Civil Veterinary Department. Madras. Admin. report 1926-33 - 1926-1933
Year: 1926
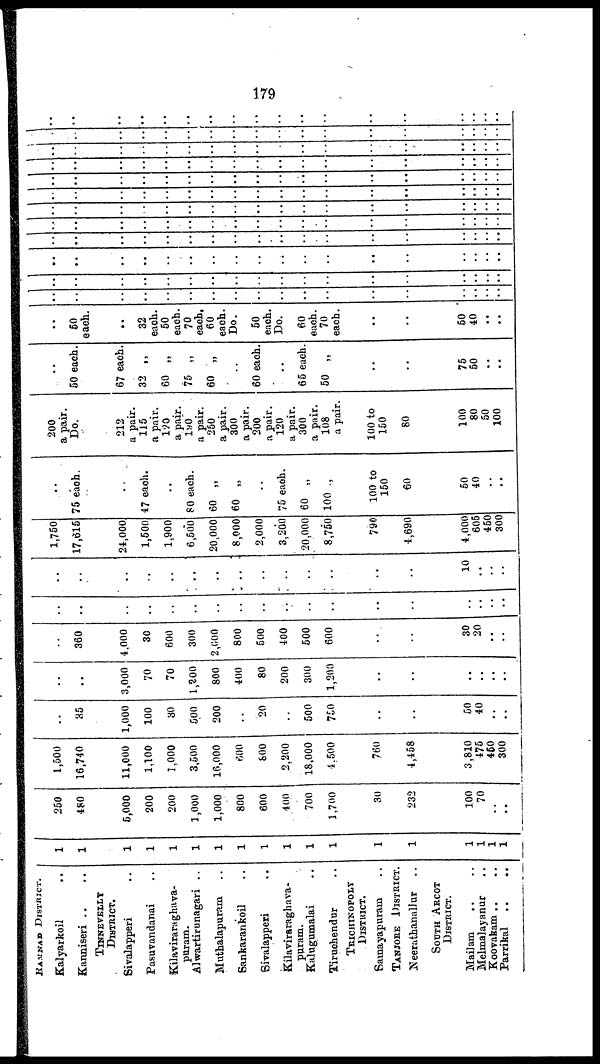
179
RAMANAD DISTRICT.
Kalyarkoil ..
Kanniseri .. ..
TINNEVELLY
DISTRICT.
Sivalapperi ..
Pasuvandanai ..
Kilaviraraghava-
puram.
Alwartirunagari ..
Muthalapuram ..
Sankarankoil ..
Sivalapperi ..
Kilaviraraghava-
puram.
Kalugumalai ..
Tiruchendur ..
TRICHINOPOLY
DISTRICT.
Samayapuram ..
TANJORE DISTRICT.
Neerathanallur ..
SOUTH ARCOT
DISTRICT.
Mailam .. ..
Melmakyanur ..
Koovakam .. ..
Parrikal .. ..
1
1
1
1
1
1
1
1
1
1
1
1
1
1
1
1
1
1
250
480
5,000
200
200
1,000
1,000
800
600
400
700
1,700
30
232
100
70
..
..
1,500
16,740
11,000
1,100
1,000
3,500
16,000
600
800
2,200
18,000
4,500
760
4,458
3,810
475
460
300
..
35
1,000
100
30
500
200
..
20
..
500
750
..
..
50
40
..
..
..
..
3,000
70
70
1,200
800
400
80
200
300
1,200
..
..
..
..
..
..
..
..
360
4.000
30
600
300
2,000
800
500
400
500
600
..
..
30
20
..
..
..
..
..
..
..
..
..
..
..
..
..
..
..
..
..
..
..
..
..
..
..
..
..
..
..
..
..
..
..
..
10
..
..
1,750
17,615
24,000
1,500
1,900
6,500
20,000
8,000
2,000
3,200
20,000
8,750
790
4,690
4,000
605
450
300
..
75 each.
..
47 each.
..
80 each.
60 „
60 „
..
75 each.
60 „
100 „
100 to
150
60
50
40
..
..
200
a pair.
Do.
212
a pair.
115
a pair.
120
a pair.
190
a pair.
250
a pair.
300
a pair.
200
a pair.
120
a pair.
300
a pair.
108
a pair.
100 to
150
80
100
80
50
100
..
50 each.
67 each.
32 „
60 „
75 „
60 „
..
60 each.
..
65 each.
50 „
..
..
75
50
..
..
..
50
each.
..
32
each.
50
each.
70
each.
60
each.
Do.
50
each.
Do.
60
each.
70
each.
..
..
50
40
..
..
..
..
..
..
..
..
..
..
..
..
..
..
..
..
..
..
.. ..
..
..
..
..
..
..
..
..
..
..
..
..
..
..
..
..
.. ..
..
..
..
..
..
..
..
..
..
..
..
..
..
..
..
..
.. ..
..
..
..
..
..
..
..
..
..
..
..
..
..
..
..
..
.. ..
..
..
..
..
..
..
..
..
..
..
..
..
..
..
..
..
.. ..
..
..
..
..
..
..
..
..
..
..
..
..
..
..
..
..
.. ..
1
..
..
..
..
..
..
..
..
..
..
..
..
..
..
..
..
.. ..
..
..
..
..
..
..
..
..
..
..
..
..
..
..
..
..
.. ..
..
..
..
..
..
..
..
..
..
..
..
..
..
..
..
..
.. ..
..
..
..
..
..
..
..
..
..
..
..
..
..
..
..
..
.. ..
..
..
..
..
..
..
..
..
..
..
..
..
..
..
..
..
.. ..
..
..
..
..
..
..
..
..
..
..
..
..
..
..
..
..
.. ..